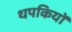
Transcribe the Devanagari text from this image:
थपकियों